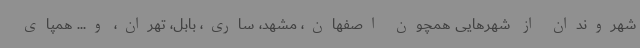
شهروندان از شهرهایی همچون اصفهان، مشهد، ساری، بابل، تهران، و... همپای